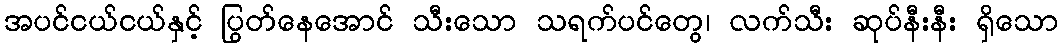
အပင်ငယ်ငယ်နှင့် ပြွတ်နေအောင် သီးသော သရက်ပင်တွေ၊ လက်သီး ဆုပ်နီးနီး ရှိသော